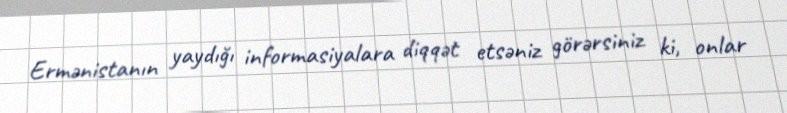
Ermənistanın yaydığı informasiyalara diqqət etsəniz görərsiniz ki, onlar